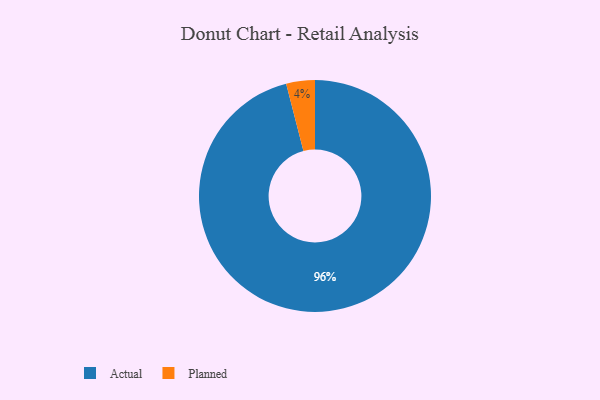
{"axis": {"x": "Category", "y": "Percentage"}, "legend": ["Actual", "Planned"], "data": [{"x": "Planned", "y": 4, "type": "Planned"}, {"x": "Actual", "y": 96, "type": "Actual"}]}